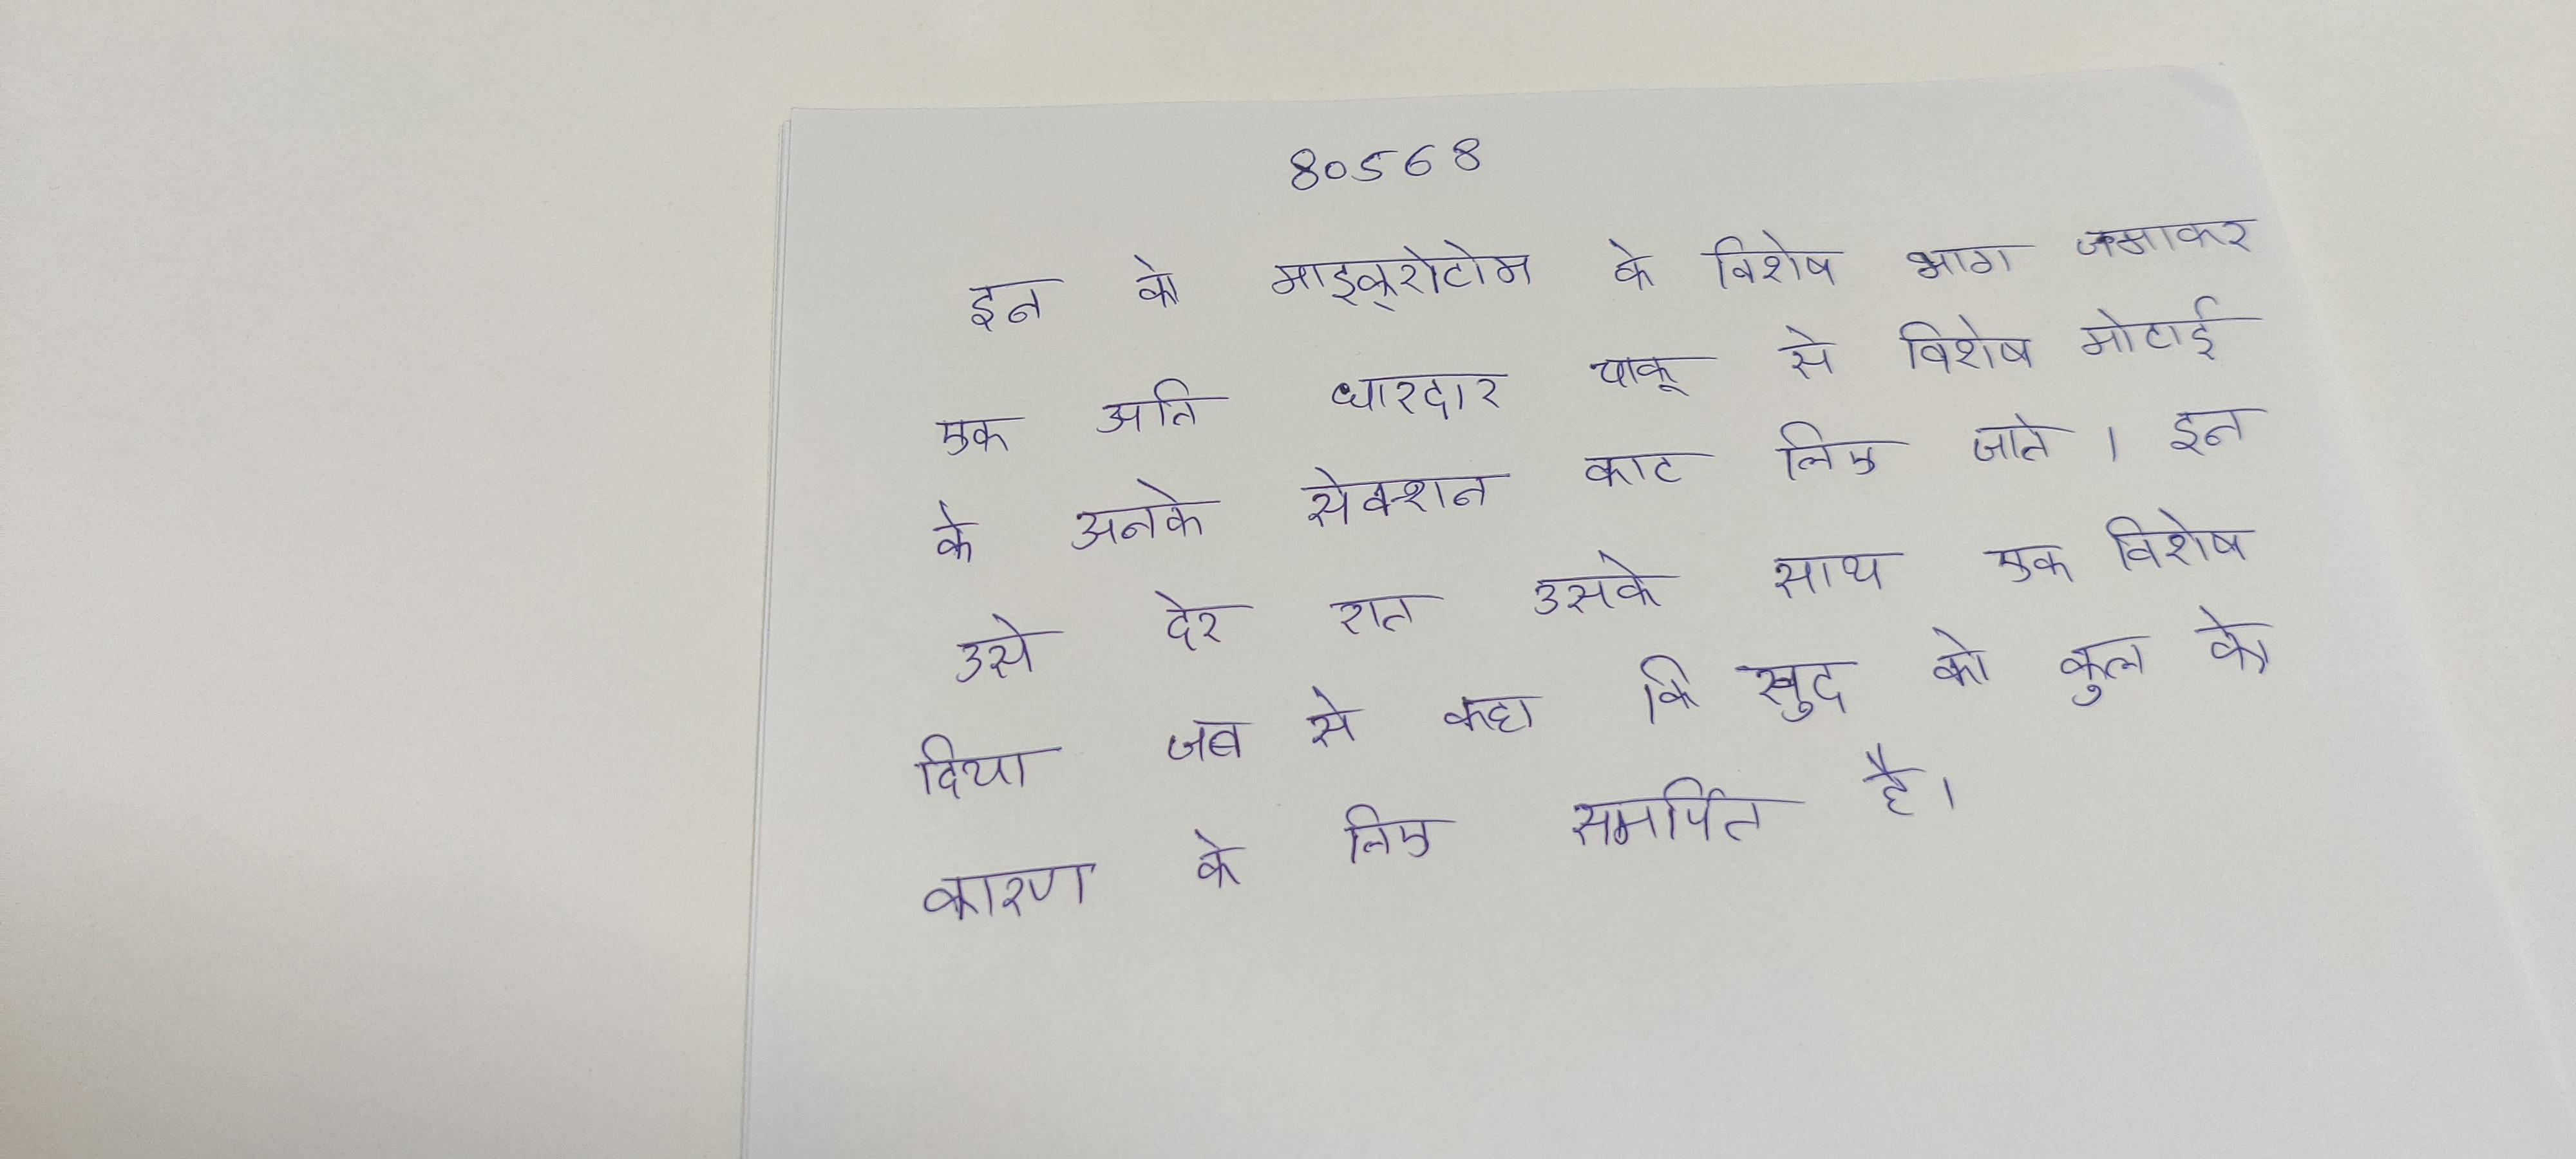
इन को माइक्रोटोम के विशेष भाग जमाकर एक अति धारदार चाकू से विशेष मोटाई के अनेक सेक्शन काट लिए जाते । इन उसे देर रात उसके साथ एक विशेष दिया जब से कहा कि खुद को कुल के कारण के लिए समर्पित है ।